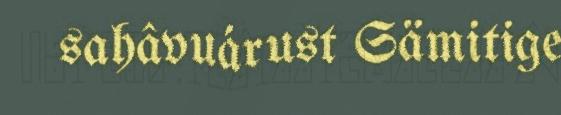
sahâvuárust Sämitige